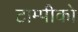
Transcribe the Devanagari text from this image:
टाम्पीको